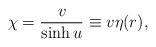
LaTeX: \begin{align*}\chi = \frac{v}{\sinh u} \equiv v \eta(r),\end{align*}